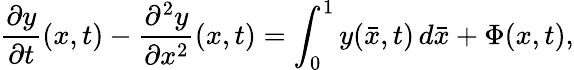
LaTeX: \frac{\partial y}{\partial t}(x,t)-\frac{\partial^{2}y}{\partial x^{2}}(x,t)=\int_{0}^{1}y(\bar{x},t)\, d\bar{x}+\Phi(x,t),